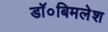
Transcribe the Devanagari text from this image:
डॉ०बिमलेश